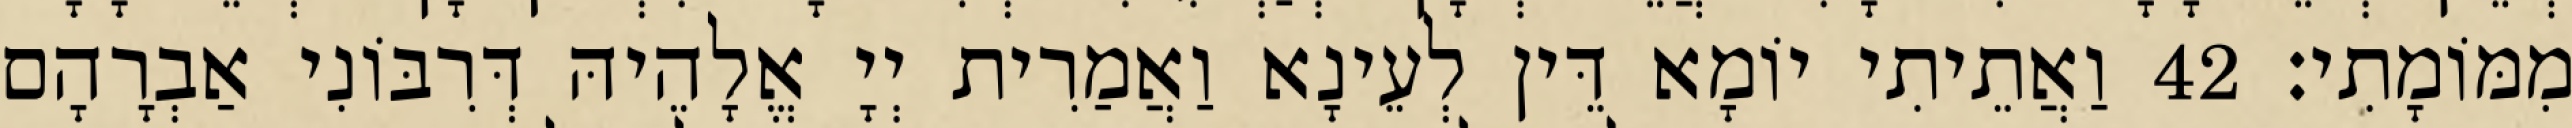
מִמּוֹמָתִי׃ 42 וַאֲתֵיתִי יוֹמָא דֵּין לְעֵינָא וַאֲמַרִית יְיָ אֱלָהֵיהּ דְּרִבּוֹנִי אַבְרָהָם